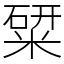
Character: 䊙